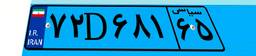
۸۹D۹۰۸۷۸